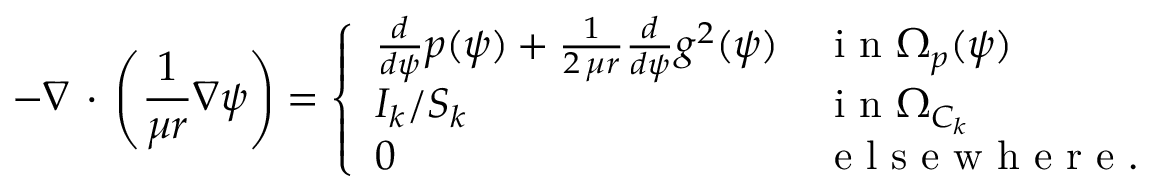
- \nabla \, \cdot \, \left( \frac { 1 } { \mu r } \nabla \psi \right) = \left\{ \begin{array} { l l } { \frac { d } { d \psi } p ( \psi ) + \frac { 1 } { 2 \, \mu r } \frac { d } { d \psi } g ^ { 2 } ( \psi ) } & { \mathrm { ~ i ~ n ~ } \Omega _ { p } ( \psi ) } \\ { I _ { k } / S _ { k } } & { \mathrm { ~ i ~ n ~ } \Omega _ { C _ { k } } } \\ { 0 } & { \mathrm { ~ e ~ l ~ s ~ e ~ w ~ h ~ e ~ r ~ e ~ . ~ } } \end{array} \right.